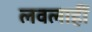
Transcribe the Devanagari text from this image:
लवलाहीं